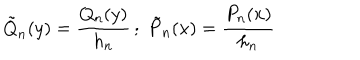
\tilde { Q } _ { n } ( y ) = \frac { Q _ { n } ( y ) } { h _ { n } } \, ; \; \tilde { P } _ { n } ( x ) = \frac { P _ { n } ( x ) } { h _ { n } }